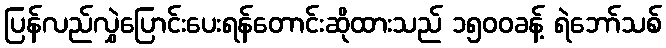
ပြန်လည်လွှဲပြောင်းပေးရန်တောင်းဆိုထားသည် ၁၅၀၀ခန့် ရဲဘော်သစ်